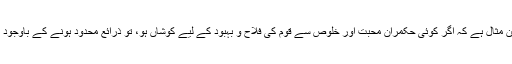
یہ بجٹ اس بات کی بہترین مثال ہے کہ اگر کوئی حکمران محبت اور خلوص سے قوم کی فلاح و بہبود کے لیے کوشاں ہو، تو ذرائع محدود ہونے کے باوجود بھی بہت کچھ ہوسکتا ہے۔